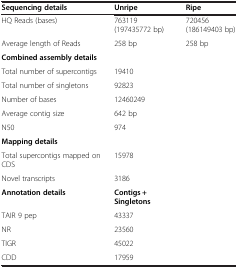
<table><thead><tr><td><b>Sequencing details</b></td><td><b>Unripe</b></td><td><b>Ripe</b></td></tr></thead><tbody><tr><td>HQ Reads (bases)</td><td>763119 (197435772 bp)</td><td>720456 (186149403 bp)</td></tr><tr><td>Average length of Reads</td><td>258 bp</td><td>258 bp</td></tr><tr><td><b>Combined assembly details</b></td><td></td><td></td></tr><tr><td>Total number of supercontigs</td><td>19410</td><td></td></tr><tr><td>Total number of singletons</td><td>92823</td><td></td></tr><tr><td>Number of bases</td><td>12460249</td><td></td></tr><tr><td>Average contig size</td><td>642 bp</td><td></td></tr><tr><td>N50</td><td>974</td><td></td></tr><tr><td><b>Mapping details</b></td><td></td><td></td></tr><tr><td>Total supercontigs mapped on CDS</td><td>15978</td><td></td></tr><tr><td>Novel transcripts</td><td>3186</td><td></td></tr><tr><td><b>Annotation details</b></td><td><b>Contigs + Singletons</b></td><td></td></tr><tr><td>TAIR 9 pep</td><td>43337</td><td></td></tr><tr><td>NR</td><td>23560</td><td></td></tr><tr><td>TIGR</td><td>45022</td><td></td></tr><tr><td>CDD</td><td>17959</td><td></td></tr></tbody></table>